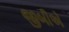
જીબીએ